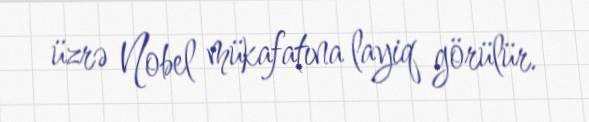
üzrə Nobel mükafatına layiq görülür.